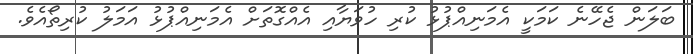
ބަލަން ޖެހޭނެ ކަމަކީ އެމަނިއްޕުޅު ކުރި ހުވަޔާއި އެއްގޮތަށް އެމަނިއްޕުޅު އަމަލު ކުރިތޯއެވެ.